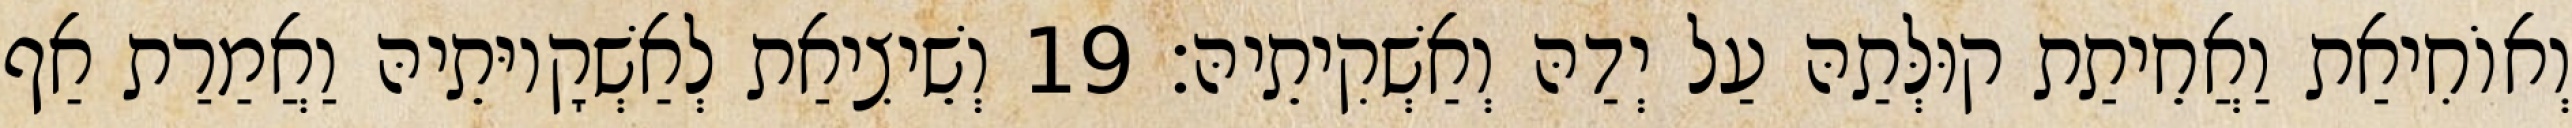
וְאוֹחִיאַת וַאֲחֵיתַת קוּלְּתַהּ עַל יְדַהּ וְאַשְׁקִיתֵיהּ׃ 19 וְשֵׁיצִיאַת לְאַשְׁקָיוּתֵיהּ וַאֲמַרַת אַף